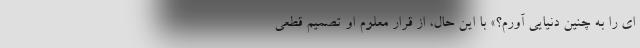
ای را به چنین دنیایی آورم؟» با این حال، از قرار معلوم او تصمیم قطعی